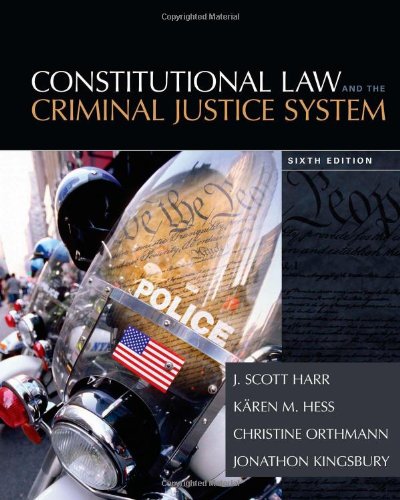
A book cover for Constitutional Law and the Criminal Justice System; J. Scott Harr; Education & Teaching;